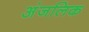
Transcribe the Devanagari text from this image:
अंजलिक